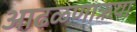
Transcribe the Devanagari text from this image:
आढळणाऋया